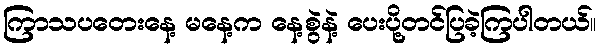
ကြာသပတေးနေ့ မနေ့က နေ့စွဲနဲ့ ပေးပို့တင်ပြခဲ့ကြပါတယ်။